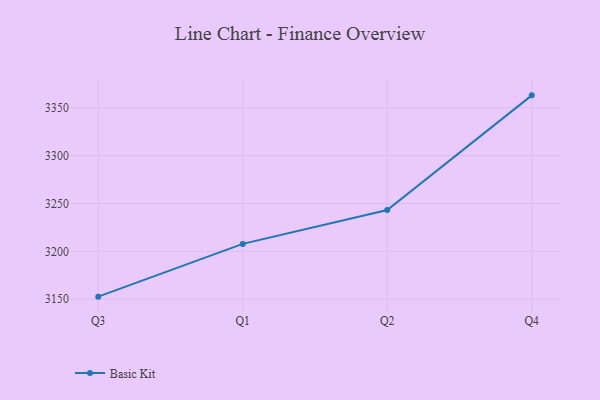
{"axis": {"x": "Quarter", "y": "Shipments"}, "legend": ["Basic Kit"], "data": [{"x": "Q3", "y": 3152.7, "type": "Basic Kit"}, {"x": "Q1", "y": 3207.8, "type": "Basic Kit"}, {"x": "Q2", "y": 3243.1, "type": "Basic Kit"}, {"x": "Q4", "y": 3362.9, "type": "Basic Kit"}]}